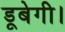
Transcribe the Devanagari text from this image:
डूबेगी।